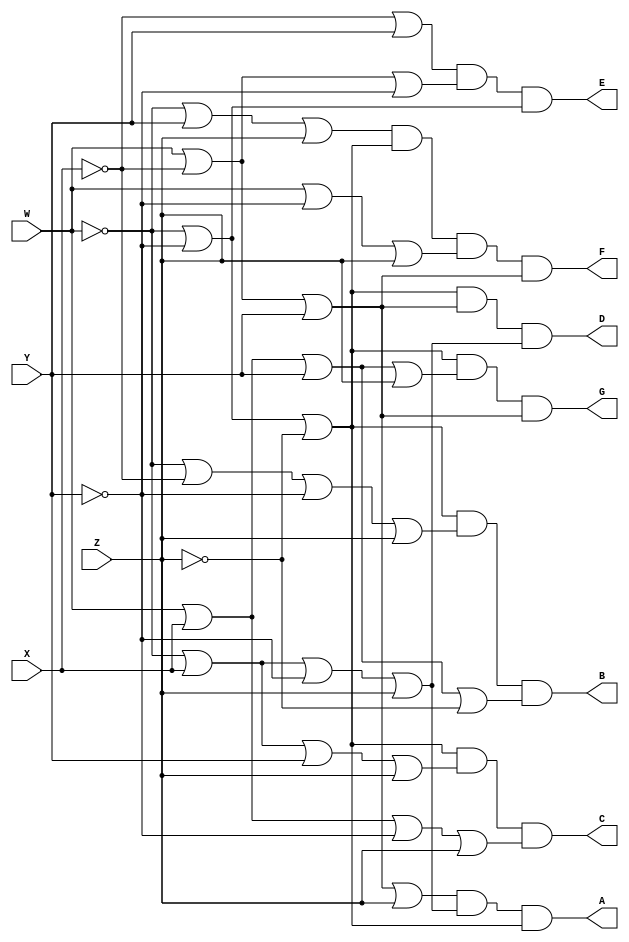
// Autogenerated netlist code from CircuitVerse for a 7-segment display driver
// For simulation, use Icarus Verilog 0.9.7 at https://www.edaplayground.com/
// If you find bugs or have suggestions, please report at https://github.com/CircuitVerse/CircuitVerse/issues/new/choose

module DE1(
    output A, B, C, D, E, F, G,  // Segments of the 7-segment display
    input W, X, Y, Z             // Binary encoded input
);

    // Internal wires for logical connections
    wire notW, notX, notY, notZ;
    wire or_15_out, or_16_out, or_14_out, or_13_out, or_12_out, or_11_out, or_10_out, or_9_out;
    wire or_8_out, or_7_out, or_6_out, or_5_out, or_4_out, or_3_out, or_2_out, or_1_out, or_0_out;
    wire and_6_out, and_5_out, and_4_out, and_3_out, and_2_out, and_1_out, and_0_out;

    // Inverting the inputs
    assign notW = ~W;
    assign notX = ~X;
    assign notY = ~Y;
    assign notZ = ~Z;

    // OR gate combinations
    assign or_15_out = W | X | Y | Z;
    assign or_16_out = W | notX | Y;
    assign or_14_out = or_16_out;  // Duplicate of or_16_out
    assign or_13_out = W | notY | Z;
    assign or_12_out = notW | Y | Z;
    assign or_11_out = notW | notY;
    assign or_10_out = W | notX | notY;
    assign or_9_out = notX | Y;
    assign or_8_out = notW | X | notY | Z;
    assign or_7_out = or_16_out;  // Duplicate of or_16_out
    assign or_6_out = W | X | notY | Z;
    assign or_5_out = notW | X | Y | Z;
    assign or_4_out = W | X | Y | notZ;
    assign or_3_out = notW | notX | notY | Z;
    assign or_2_out = notW | notY | notZ;
    assign or_1_out = notW | X | notY | Z;
    assign or_0_out = W | notX | Y | Z;

    // AND gate combinations
    assign and_6_out = or_2_out & or_15_out & or_16_out;
    assign and_5_out = or_12_out & or_2_out & or_13_out & or_14_out;
    assign and_4_out = or_9_out & or_10_out & or_11_out;
    assign and_3_out = or_2_out & or_7_out & or_8_out;
    assign and_2_out = or_2_out & or_5_out & or_6_out;
    assign and_1_out = or_2_out & or_3_out & or_4_out;
    assign and_0_out = or_0_out & or_1_out & or_2_out;

    // Assigning outputs to the 7-segment display
    assign A = and_0_out;
    assign B = and_1_out;
    assign C = and_2_out;
    assign D = and_3_out;
    assign E = and_4_out;
    assign F = and_5_out;
    assign G = and_6_out;

endmodule